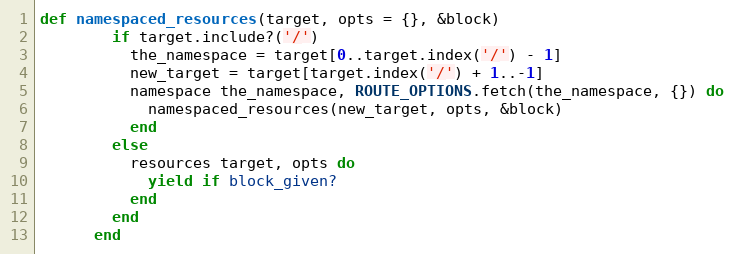
Language: Ruby
def namespaced_resources(target, opts = {}, &block)
        if target.include?('/')
          the_namespace = target[0..target.index('/') - 1]
          new_target = target[target.index('/') + 1..-1]
          namespace the_namespace, ROUTE_OPTIONS.fetch(the_namespace, {}) do
            namespaced_resources(new_target, opts, &block)
          end
        else
          resources target, opts do
            yield if block_given?
          end
        end
      end